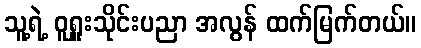
သူ့ရဲ့ ဝူရှူးသိုင်းပညာ အလွန် ထက်မြက်တယ်။